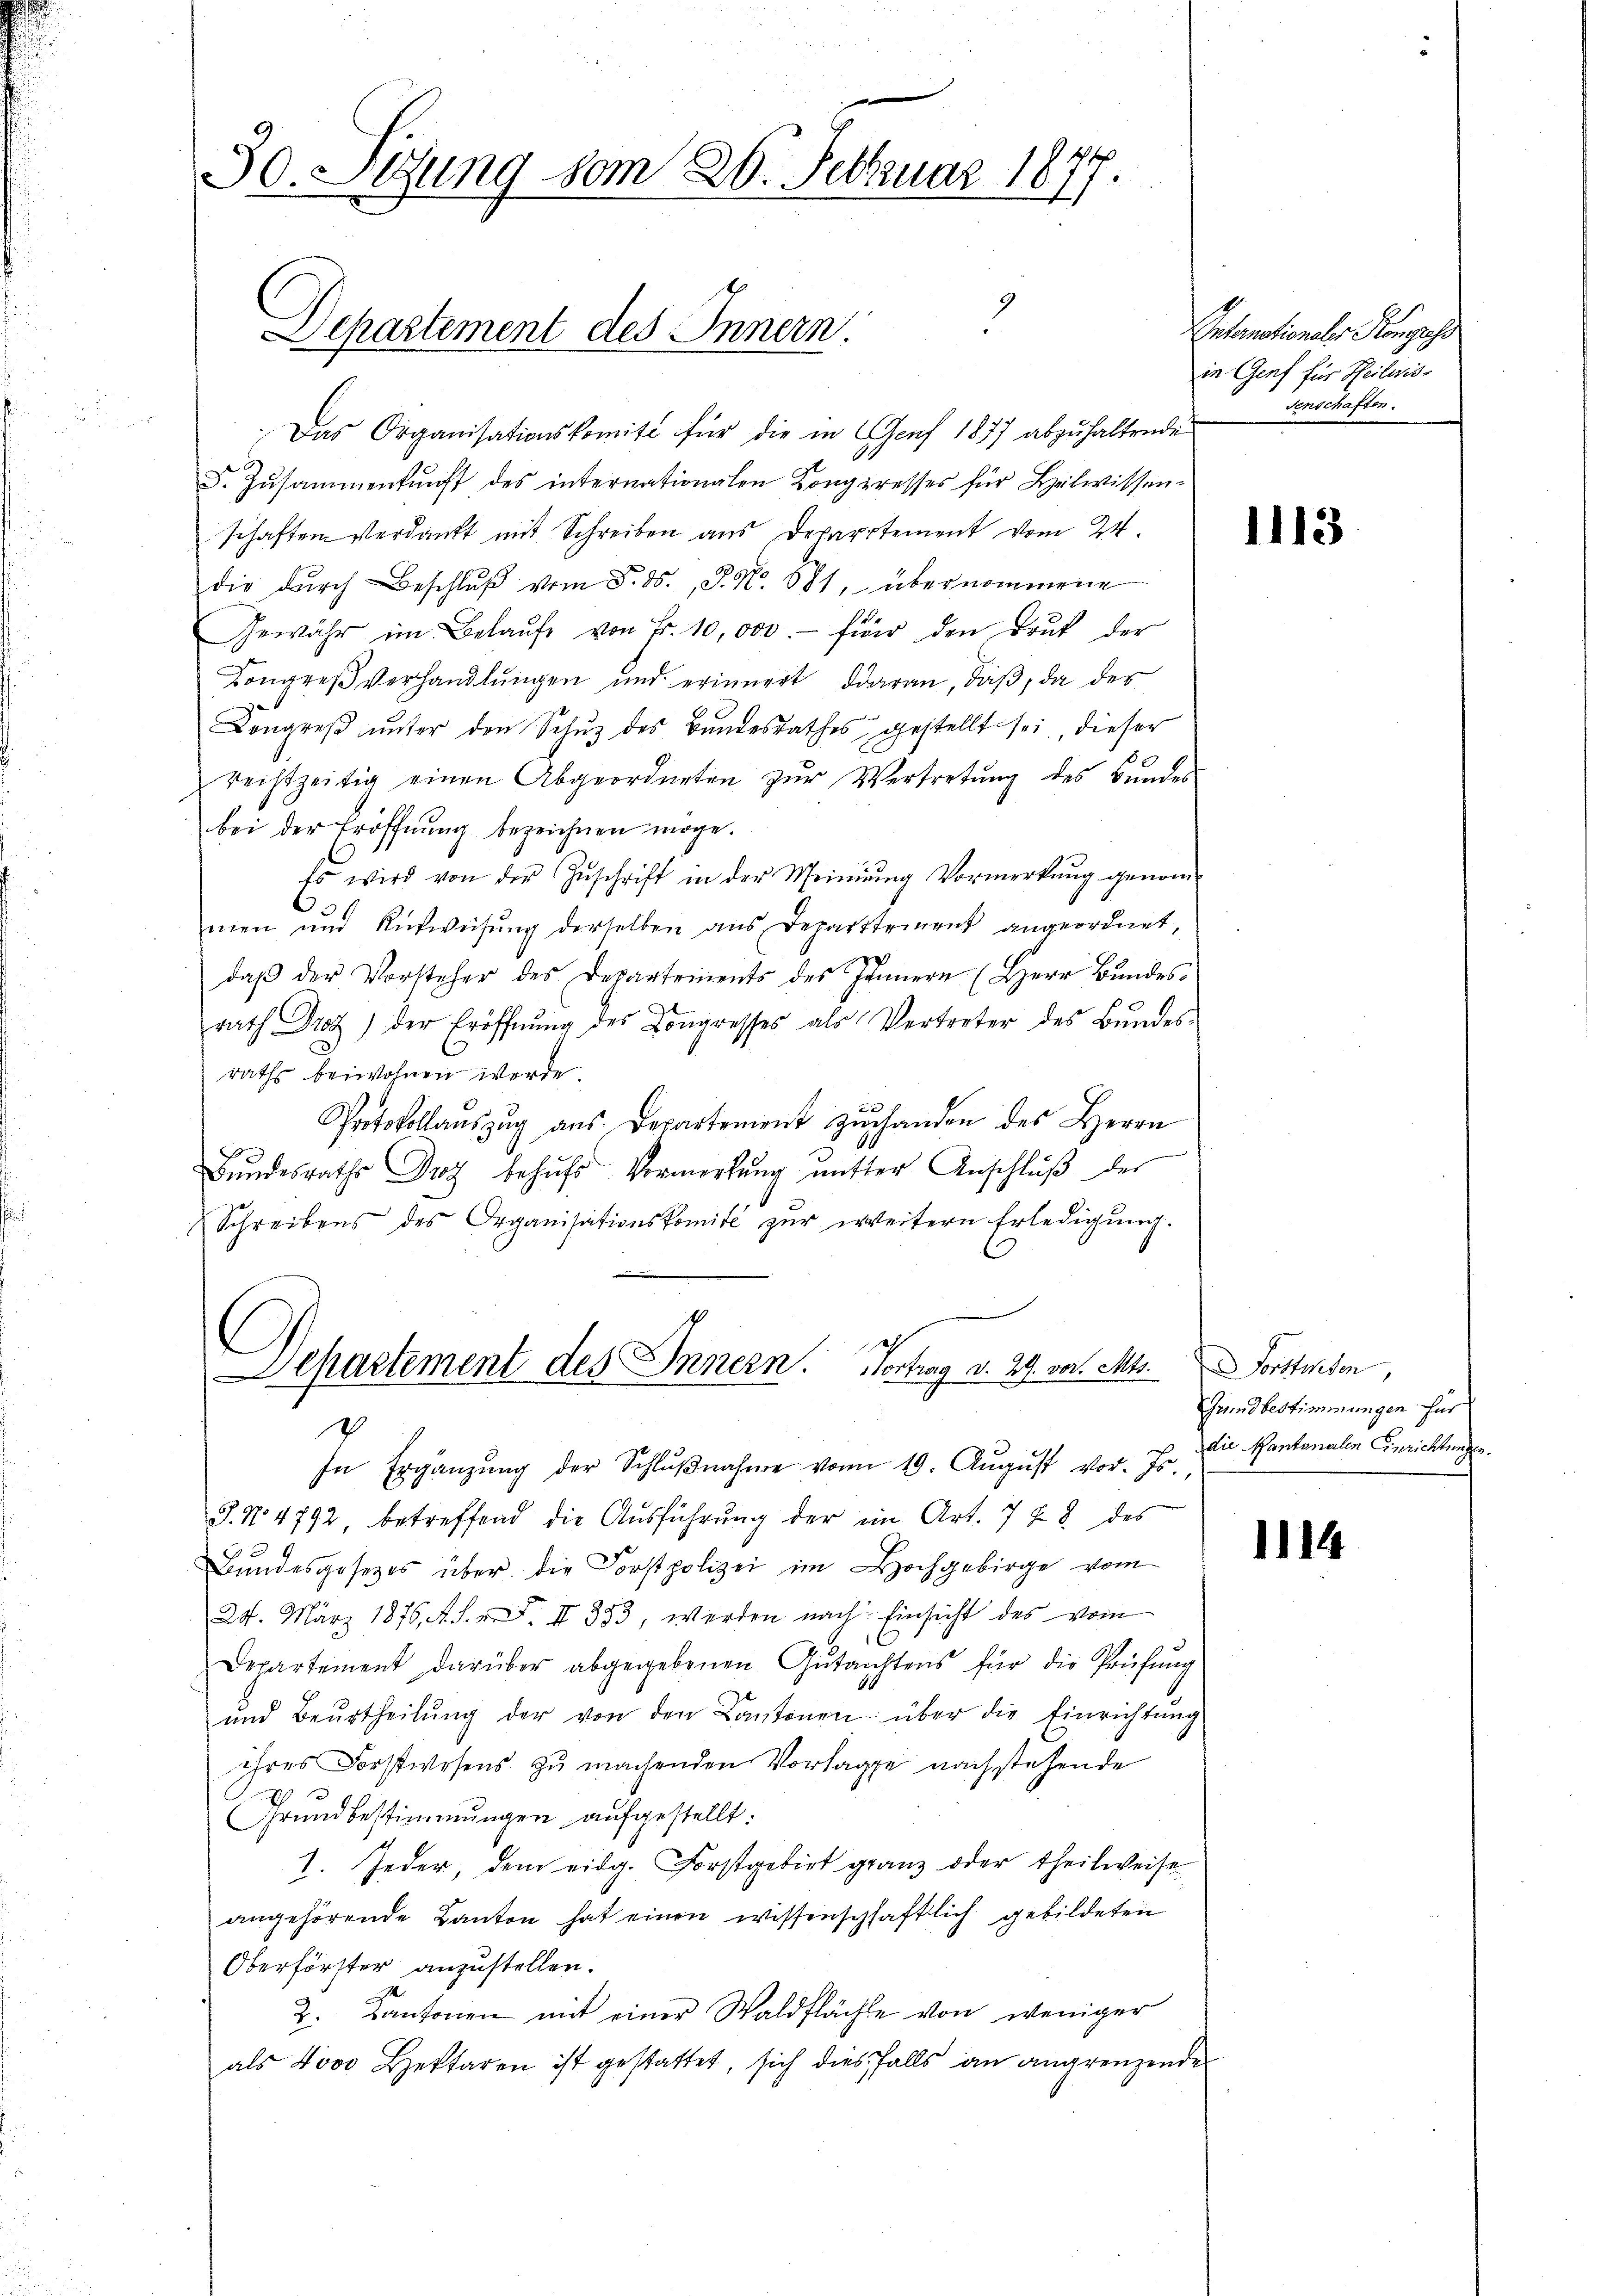
30. Setzung vom 26. Februar 1877.

Departement des Innern.

Das Organisationskomite für die in Genf 1877 abzuhaltende
F. Zŭsammenkunft des internationalen Congresses für Helwissen-
schaften Verdankt mit Schreiben aus Departement vom 24.
die dŭrch Beschlŭβ vom 5. ds., S. Nr. 681, übernommene
Gewähr im Belaŭfe von Fr. 10,000.- für den Brŭt der
Kongreß verhandlungen und erinnert daran, daß, da des
Congreβ ŭnter den Schŭz des Bundesrathes gestellt sei, dieser
rechtzeitig einen Abgeordneten zŭr Vertretung des Bundes
bei der Eröffnung bezeichnen möge.
Es wird von der Zŭschrift in der Meinŭng Vormerkŭng genom-
men und Rusweisŭng derselben ans Departtement angeordnet,
daβ der Vorsteher des Departements des Innern (Herr Bŭndes-
rath Drot) der Eröffnŭng des Congresses als Vertreter des Bundes-
raths beiwohnen werde.
Protokollaŭszŭg ans. Departement zŭ handen des Herrn
Bŭndesraths Droth behŭfs Vormerkŭng ŭnter Anschlŭβ der
Schreibens des Organisationskomite zŭr weitern Erledigŭng.
Departement des Innern. Vortrag d. 29. vor. Mts. Forstenden
7
In Ergänzŭng der Schlŭβnahme von 19. Aŭgŭst vor. Js.,
J. No 4792 betreffend die Aŭsführŭng der in Art. 742 des
Bundesgesezes über die Forstpolizei im Hochgebirge vom
24. März 1876, A. F. II 353, werden nach Einsicht des vom
Departement darüber abgegebenen Gutachtens für die Prüfung
und Beurtheilŭng der von den Cantonen über die Einrichtung
ihres Forstwesens zu machenden Vorlage nachstehende
I
Grundbestimmungen aufgestellt.
1. Jeder, dem eidg. Forstgebiet granz oder theilweise
angehörende Kanton hat einen wissenschaftlich gebildeten
Oberförster anzustellen.
2. Kantonen mit einer Waldflächte von weniger
als 4000 Bettaren ist gestattet, sich diesfalls an angrenzende

ntemationaler Kongress
in Genf für Theilwis-
senschaften.

1113

Grundbestimmungen für
die Kantonalen Einrichtungen.

1114